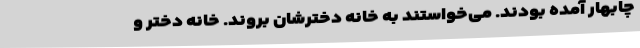
چابهار آمده بودند. می‌خواستند به خانه دخترشان بروند. خانه دختر و